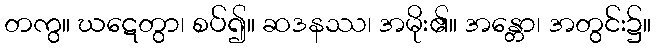
တကွ။ ဃဋေတွာ၊ စပ်၍။ ဆဒနဿ၊ အမိုး၏။ အန္တော၊ အတွင်း၌။